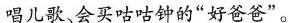
唱儿歌、会买咕咕钟的“好爸爸”。